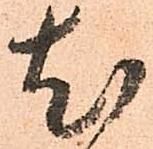
尤